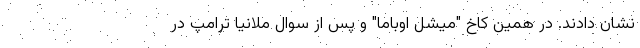
نشان دادند. در همین کاخ "میشل اوباما" و پس از سوال ملانیا ترامپ در